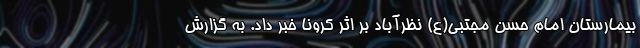
بیمارستان امام حسن مجتبی(ع) نظرآباد بر اثر کرونا خبر داد. به گزارش